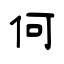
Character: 何